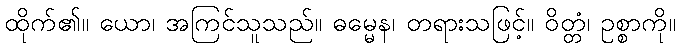
ထိုက်၏။ ယော၊ အကြင်သူသည်။ ဓမ္မေန၊ တရားသဖြင့်။ ဝိတ္တံ၊ ဥစ္စာကို။